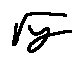
\sqrt { y }